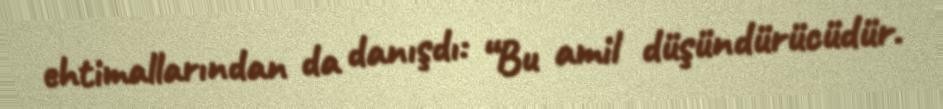
ehtimallarından da danışdı: “Bu amil düşündürücüdür.